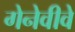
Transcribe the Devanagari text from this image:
गेनेवीवे